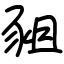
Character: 豠